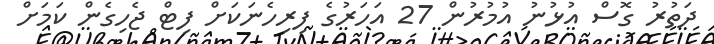
ދަތުރު ގޮސް އުޅުނު އުމުރުން 27 އަހަރުގެ ފިރިހެނަކަށް ފިޓް ޖެހިގެން ކަމަށް